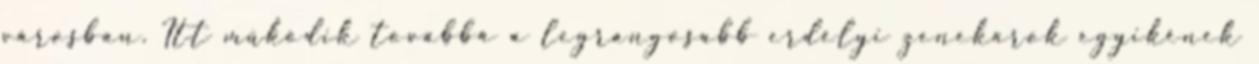
városban. Itt működik továbbá a legrangosabb erdélyi zenekarok egyikének